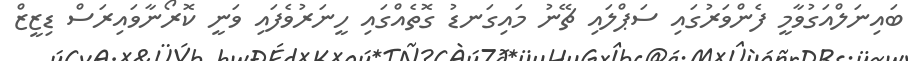
ބައިނަލްއަގުވާމީ ފެންވަރުގައި ސަޕްލައި ޗޭނު މައިގަނޑު ގޮތެއްގައި ހީނަރުވެފައި ވަނީ ކޮރޯނާވައިރަސް ޑިޒީޒް